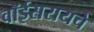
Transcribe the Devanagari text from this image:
वॉईसरायचे